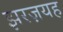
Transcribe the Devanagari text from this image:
झरज़यह